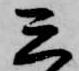
三